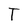
Character: T